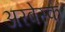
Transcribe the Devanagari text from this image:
अरबेस्क